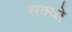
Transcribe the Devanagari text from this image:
सक्य्ते